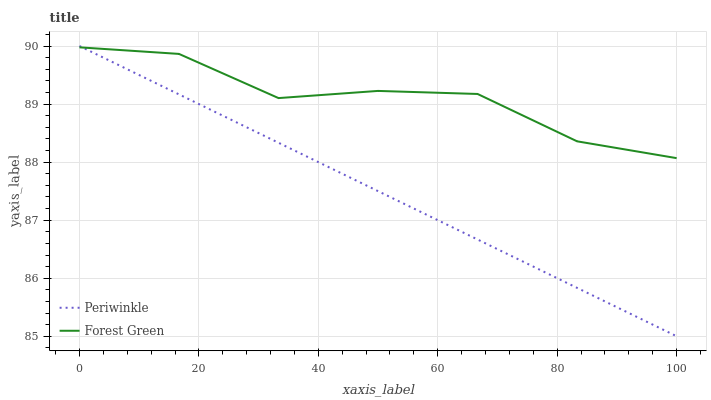
| xaxis_label | Periwinkle | Forest Green |
 | --- | --- | --- |
 | 0 | 90 | 90 |
 | 16.7 | 89.2 | 89.9 |
 | 33.3 | 88.3 | 89.1 |
 | 50 | 87.5 | 89.2 |
 | 66.7 | 86.7 | 89.2 |
 | 83.3 | 85.8 | 88.4 |
 | 100 | 85 | 88.1 |